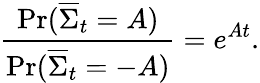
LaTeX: {\frac{\operatorname*{Pr}({\overline{{\Sigma}}}_{t}=A)}{\operatorname*{Pr}({\overline{{\Sigma}}}_{t}=-A)}}=e^{At}.